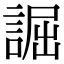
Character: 誳